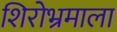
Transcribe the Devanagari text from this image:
शिरोभ्रमाला